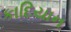
કાદિયાન